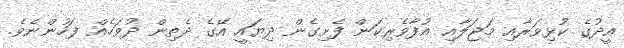
އީދުގެ ކުޅިވަރާއި މަޖަލާއި އުފާވެރިކަން ފެށިގެން ދިޔައީ އޭގެ ދެތިން ދުވަހެއް ފަހުންނެވެ.